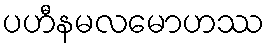
ပဟီနမလမောဟဿ